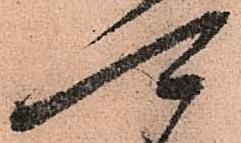
可